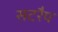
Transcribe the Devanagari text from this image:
सटरैप